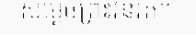
សម្តេចព្រះវនរ័ត។